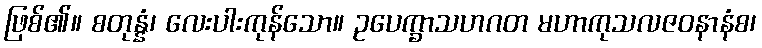
ဖြစ်၏။ စတုန္နံ၊ လေးပါးကုန်သော။ ဥပေက္ခာသဟဂတ မဟာကုသလဇဝနာနံစ၊